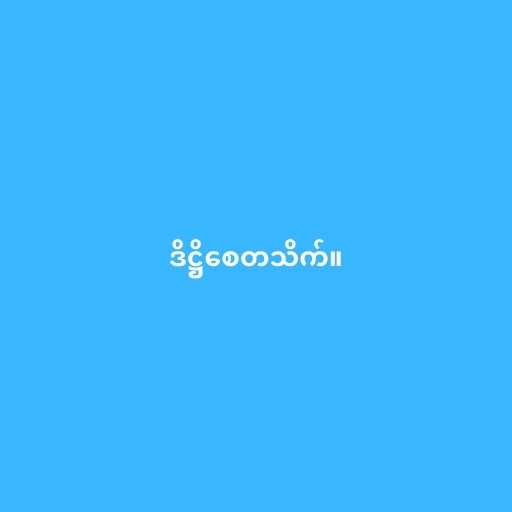
ဒိဋ္ဌိစေတသိက်။